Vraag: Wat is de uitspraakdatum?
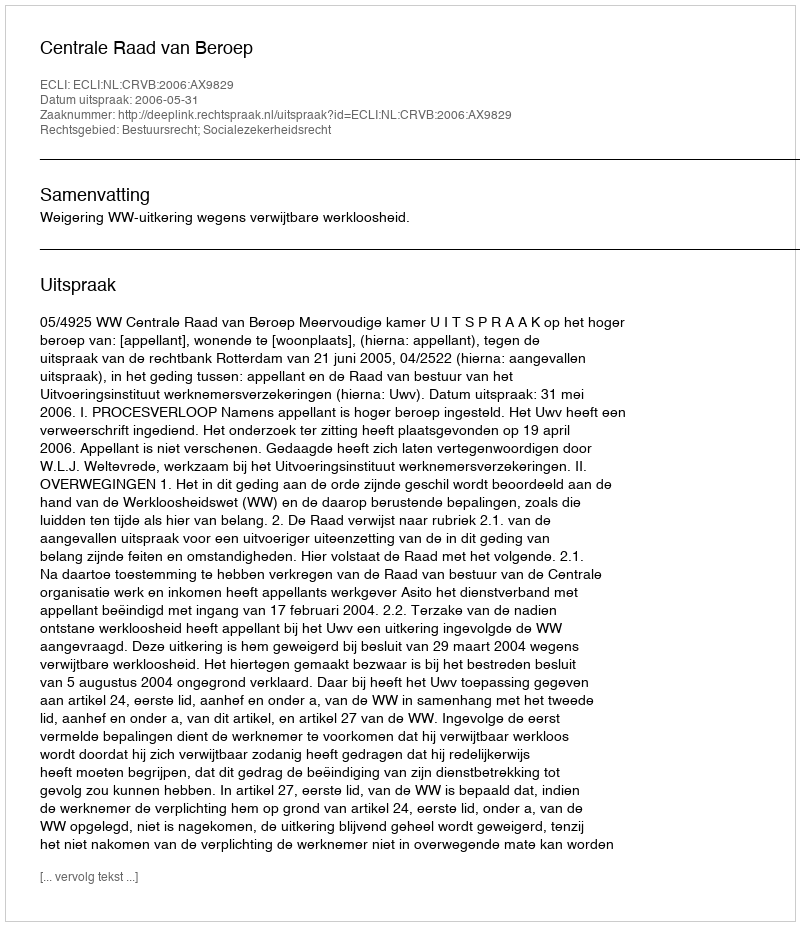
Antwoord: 2006-05-31